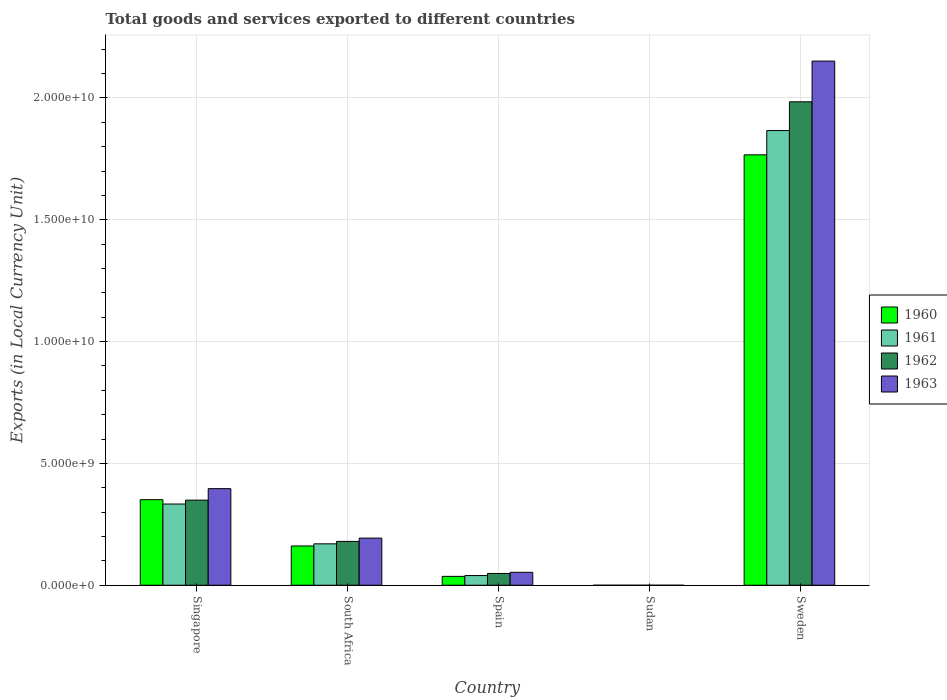
| Country | 1960 | 1961 | 1962 | 1963 |
 | --- | --- | --- | --- | --- |
 | Singapore | 3.51e+09 | 3.33e+09 | 3.49e+09 | 3.96e+09 |
 | South Africa | 1.61e+09 | 1.7e+09 | 1.8e+09 | 1.93e+09 |
 | Spain | 3.64e+08 | 3.98e+08 | 4.83e+08 | 5.3e+08 |
 | Sudan | 5.71e+04 | 5.67e+04 | 6.76e+04 | 7.86e+04 |
 | Sweden | 1.77e+10 | 1.87e+10 | 1.98e+10 | 2.15e+10 |